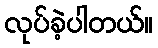
လုပ်ခဲ့ပါတယ်။